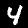
Digit: 4